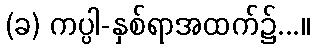
(ခ) ကပ္ပါ-နှစ်ရာအထက်၌...။